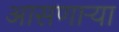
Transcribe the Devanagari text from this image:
आसणाऱ्या